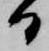
日